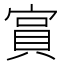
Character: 𫳧